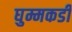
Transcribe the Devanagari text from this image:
घुम्मकडी